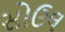
સોઉલ